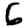
Digit: 6